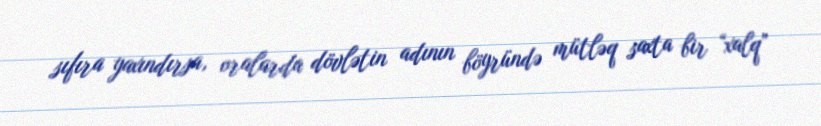
sıfıra yaxındırsa, oralarda dövlətin adının böyründə mütləq saxta bir “xalq”